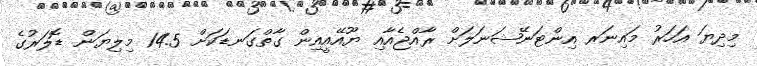
މިދިޔަ އަހަރު މައިނަރ އިންޓަނޭޝަނަލަށް ރާއްޖެއާއި ޔޫއޭއީއިން ގާތްގަނޑަކަށް 14.5 މިލިޔަން ޑޮލަރުގެ